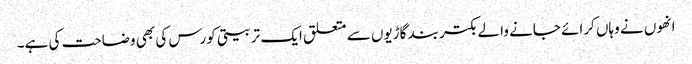
انھوں نے وہاں کرائے جانے والے بکتر بند گاڑیوں سے متعلق ایک تربیتی کورس کی بھی وضاحت کی ہے۔